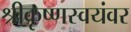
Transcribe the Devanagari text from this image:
श्रीकृष्णस्वयंवर